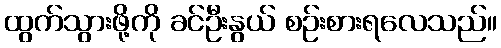
ထွက်သွားဖို့ကို ခင်ဦးနွယ် စဉ်းစားရလေသည်။